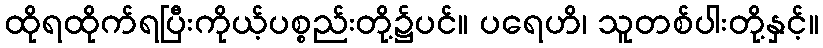
ထိုရထိုက်ရပြီးကိုယ့်ပစ္စည်းတို့၌ပင်။ ပရေဟိ၊ သူတစ်ပါးတို့နှင့်။